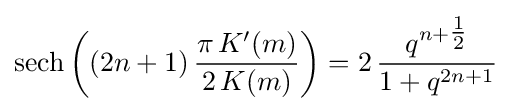
\operatorname {sech} \left((2n+1)\,{\frac {\pi \,K'(m)}{2\,K(m)}}\right)=2\,{\frac {q^{n+{\tfrac {1}{2}}}}{1+q^{2n+1}}}